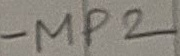
Text: MP2